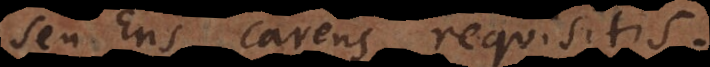
seu Ens carens requisitis.